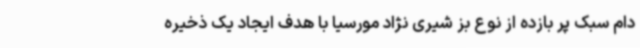
دام سبک پر بازده از نوع بز شیری نژاد مورسیا با هدف ایجاد یک ذخیره